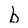
Character: b